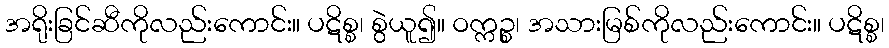
အရိုးခြင်ဆီကိုလည်းကောင်း။ ပဋိစ္စ၊ စွဲယူ၍။ ဝက္ကဉ္စ၊ အသားမြစ်ကိုလည်းကောင်း။ ပဋိစ္စ၊